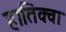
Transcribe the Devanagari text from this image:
हातिक्वा